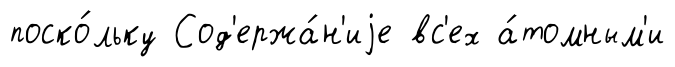
поско́льку Сод'ержа́н'иjе вс'ех а́томным'и